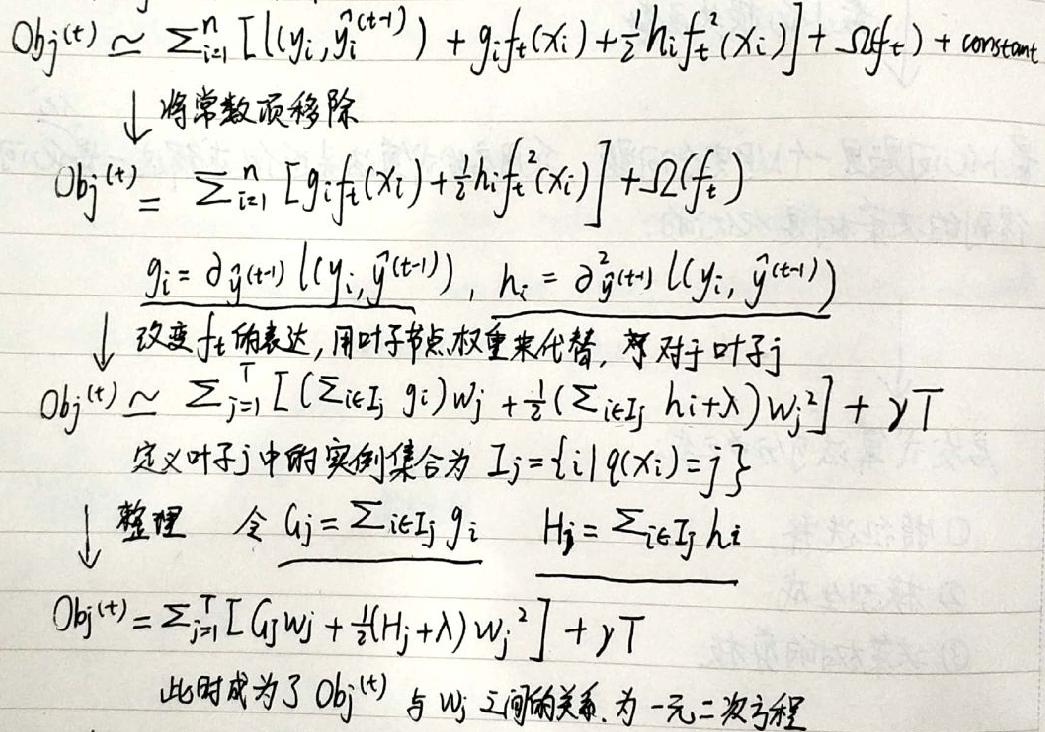
\(Obj^{(t)}\)\simeq\sum_{i = 1}^{n}\left[ l(y_{i},\hat{y}_{i}^{(t - 1)})+g_{i}\(f_{t}\)(x_{i})+\frac{1}{2}h_{i}\(f_{t}\)^{2}(x_{i})\right]+\Omega(\(f_{t}\))+constant\)\\
\downarrow 将常数项移除\\
\(Obj^{(t)}\)=\sum_{i = 1}^{n}\left[ g_{i}\(f_{t}\)(x_{i})+\frac{1}{2}h_{i}\(f_{t}\)^{2}(x_{i})\right]+\Omega(\(f_{t}\))\\
\(g_{i}=\partial_{\hat{y}^{(t - 1)}}l(y_{i},\hat{y}^{(t - 1)}),\ h_{i}=\partial^{2}_{\hat{y}^{(t - 1)}}l(y_{i},\hat{y}^{(t - 1)})\)\\
\downarrow 改变\(f_{t}\)的表达,用叶子节点权重来代替, 对于叶子j\\
\(Obj^{(t)}\)\simeq\sum_{j = 1}^{T}\left[\left(\sum_{i\in I_{j}}g_{i}\right)\(w_{j}\)+\frac{1}{2}\left(\sum_{i\in I_{j}}h_{i}+\lambda\right)\(w_{j}\)^{2}\right]+\gamma T\\
定义叶子j中的实例集合为\(I_{j}=\{i|q(x_{i}) = j\}\)\\
\downarrow 整理 令\(G_{j}=\sum_{i\in I_{j}}g_{i}\quad H_{j}=\sum_{i\in I_{j}}h_{i}\)\\
\(Obj^{(t)}\)=\sum_{j = 1}^{T}\left[G_{j}\(w_{j}\)+\frac{1}{2}(H_{j}+\lambda)\(w_{j}\)^{2}\right]+\gamma T\\
此时成为了\(Obj^{(t)}\)与\(w_{j}\)之间的关系, 为一元二次方程